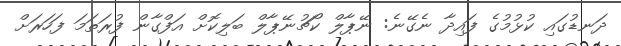
ދަނޑުގައި ކުޅުމުގެ ފައިދާ ނެގޭނެ: ނޭޕާލް ކޯޗުނޭޕާލް ބަލިކޮށް އަފްގާން ފުރަތަމަ ފަހަރަށް